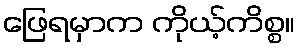
ဖြေရမှာက ကိုယ့်ကိစ္စ။